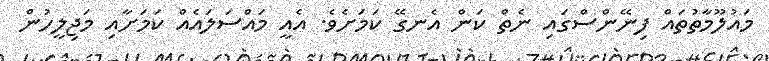
މައުލޫމާތުތައް ފިނޭންސްގައި ނެތް ކަން އެނގޭ ކަމަށެވެ. އެއީ މައްސަލައެއް ކަމަށާއި މަޖިލީހުން